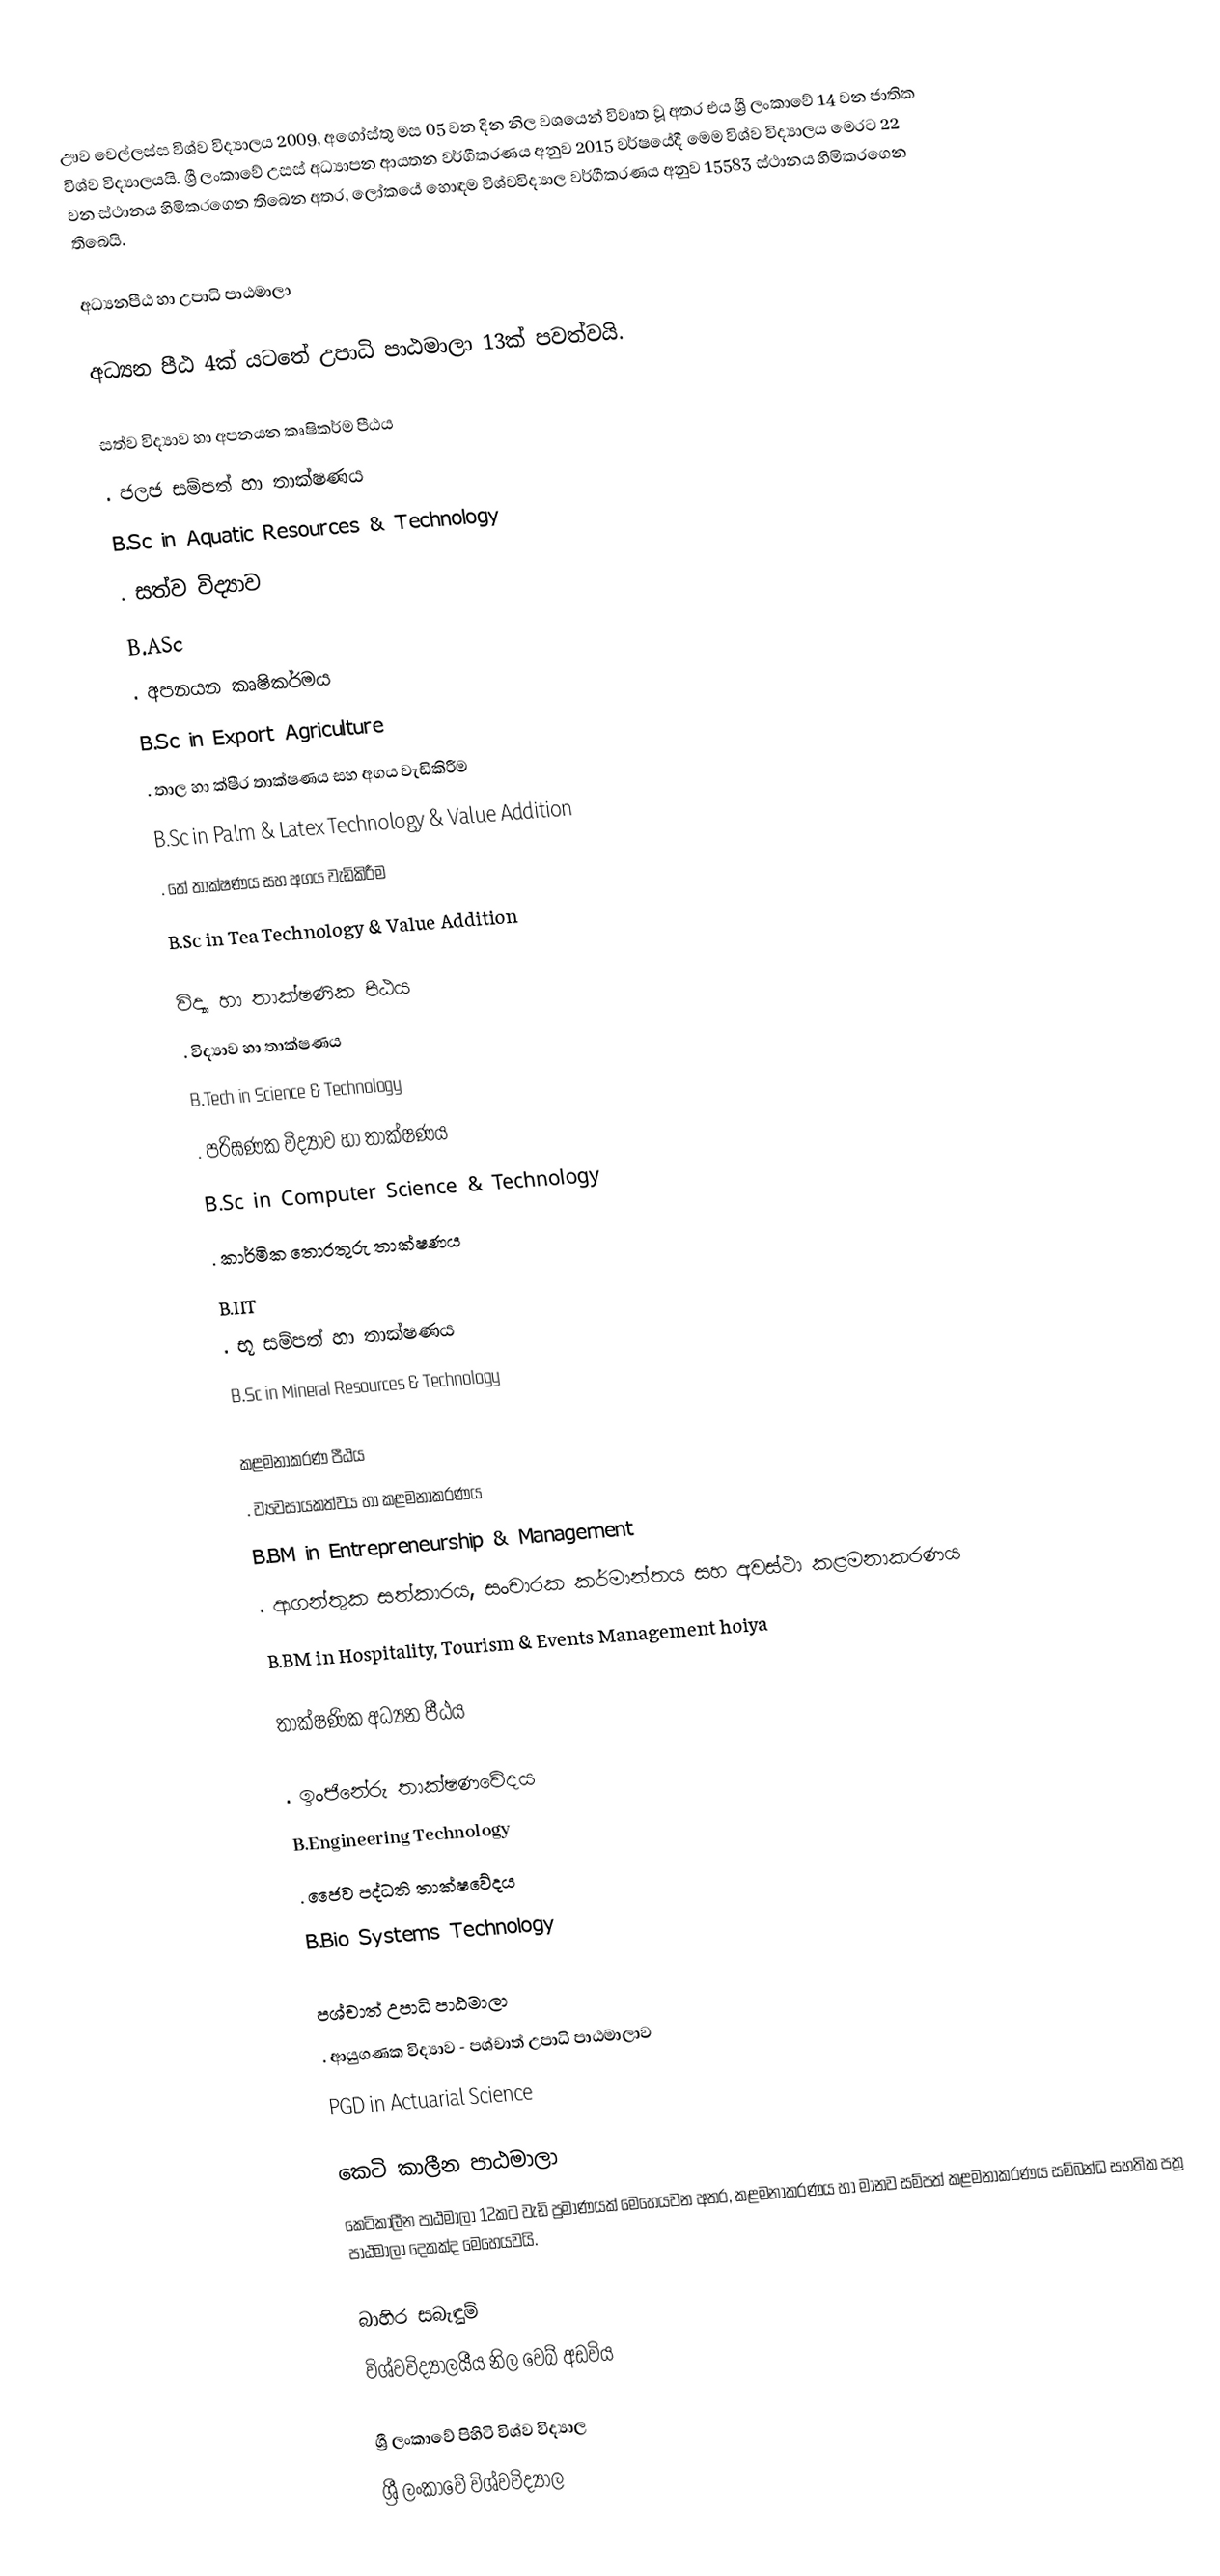
ඌව වෙල්ලස්ස විශ්ව විද්‍යාලය 2009, අගෝස්තු මස 05 වන දින නිල වශයෙන් විවෘත වූ අතර එය ශ්‍රී ලංකාවේ 14 වන ජාතික විශ්ව විද්‍යාලයයි. ශ්‍රී ලංකාවේ උසස් අධ්‍යාපන ආයතන වර්ගීකරණය අනුව 2015 වර්ෂයේදී මෙම විශ්ව විද්‍යාලය මෙරට 22 වන ස්ථානය හිමිකරගෙන තිබෙන අතර, ලෝකයේ හොඳම විශ්වවිද්‍යාල වර්ගීකරණය අනුව 15583 ස්‌ථානය හිමිකරගෙන තිබෙයි.

අධ්‍යනපීඨ හා උපාධි පාඨමාලා

අධ්‍යන පීඨ 4ක් යටතේ උපාධි පාඨමාලා 13ක් පවත්වයි.

සත්ව විද්‍යාව හා අපනයන කෘෂිකර්ම පීඨය
. ජලජ සම්පත් හා තාක්ෂණය
                          B.Sc in Aquatic Resources & Technology
. සත්ව විද්‍යාව
                          B.ASc
. අපනයන කෘෂිකර්මය
                          B.Sc in Export Agriculture
. තාල හා ක්ෂීර තාක්ෂණය සහ අගය වැඩිකිරීම
                          B.Sc in Palm & Latex Technology & Value Addition
. තේ තාක්ෂණය සහ අගය වැඩිකිරීම
                          B.Sc in Tea Technology & Value Addition

විද්‍යා හා තාක්ෂණික පීඨය
. විද්‍යාව හා තාක්ෂණය
                          B.Tech in Science & Technology
. පරිඝණක විද්‍යාව හා තාක්ෂණය
                          B.Sc in Computer Science & Technology
. කාර්මික තොරතුරු තාක්ෂණය
                          B.IIT
. භූ සම්පත් හා තාක්ෂණය
                          B.Sc in Mineral Resources & Technology

කළමනාකරණ පීඨය
. ව්‍යවසායකත්වය හා කළමනාකරණය
                          B.BM in Entrepreneurship & Management
. ආගන්තුක සත්කාරය, සංචාරක කර්මාන්තය සහ අවස්ථා කළමනාකරණය
                          B.BM in Hospitality, Tourism & Events Management hoiya

තාක්ෂණික අධ්‍යන පීඨය

. ඉංජිනේරු තාක්ෂණවේදය
                          B.Engineering Technology
. ජෛව පද්ධති තාක්ෂවේදය
                          B.Bio Systems Technology

පශ්චාත් උපාධි පාඨමාලා
. ආයුගණක විද්‍යාව - පශ්චාත් උපාධි පාඨමාලාව
                          PGD in Actuarial Science

කෙටි කාලීන පාඨමාලා
කෙටිකාලීන පාඨමාලා 12කට වැඩි ප්‍රමාණයක් මෙහෙයවන අතර, කළමනාකරණය හා මානව සම්පත් කළමනාකරණය සම්බන්ධ සහතික පත්‍ර පාඨමාලා දෙකක්ද මෙහෙයවයි.

බාහිර සබැඳුම්
 විශ්වවිද්‍යාලයීය නිල වෙබ් අඩවිය

ශ්‍රී ලංකාවේ පිහිටි විශ්ව විද්‍යාල
ශ්‍රී ලංකාවේ විශ්වවිද්‍යාල